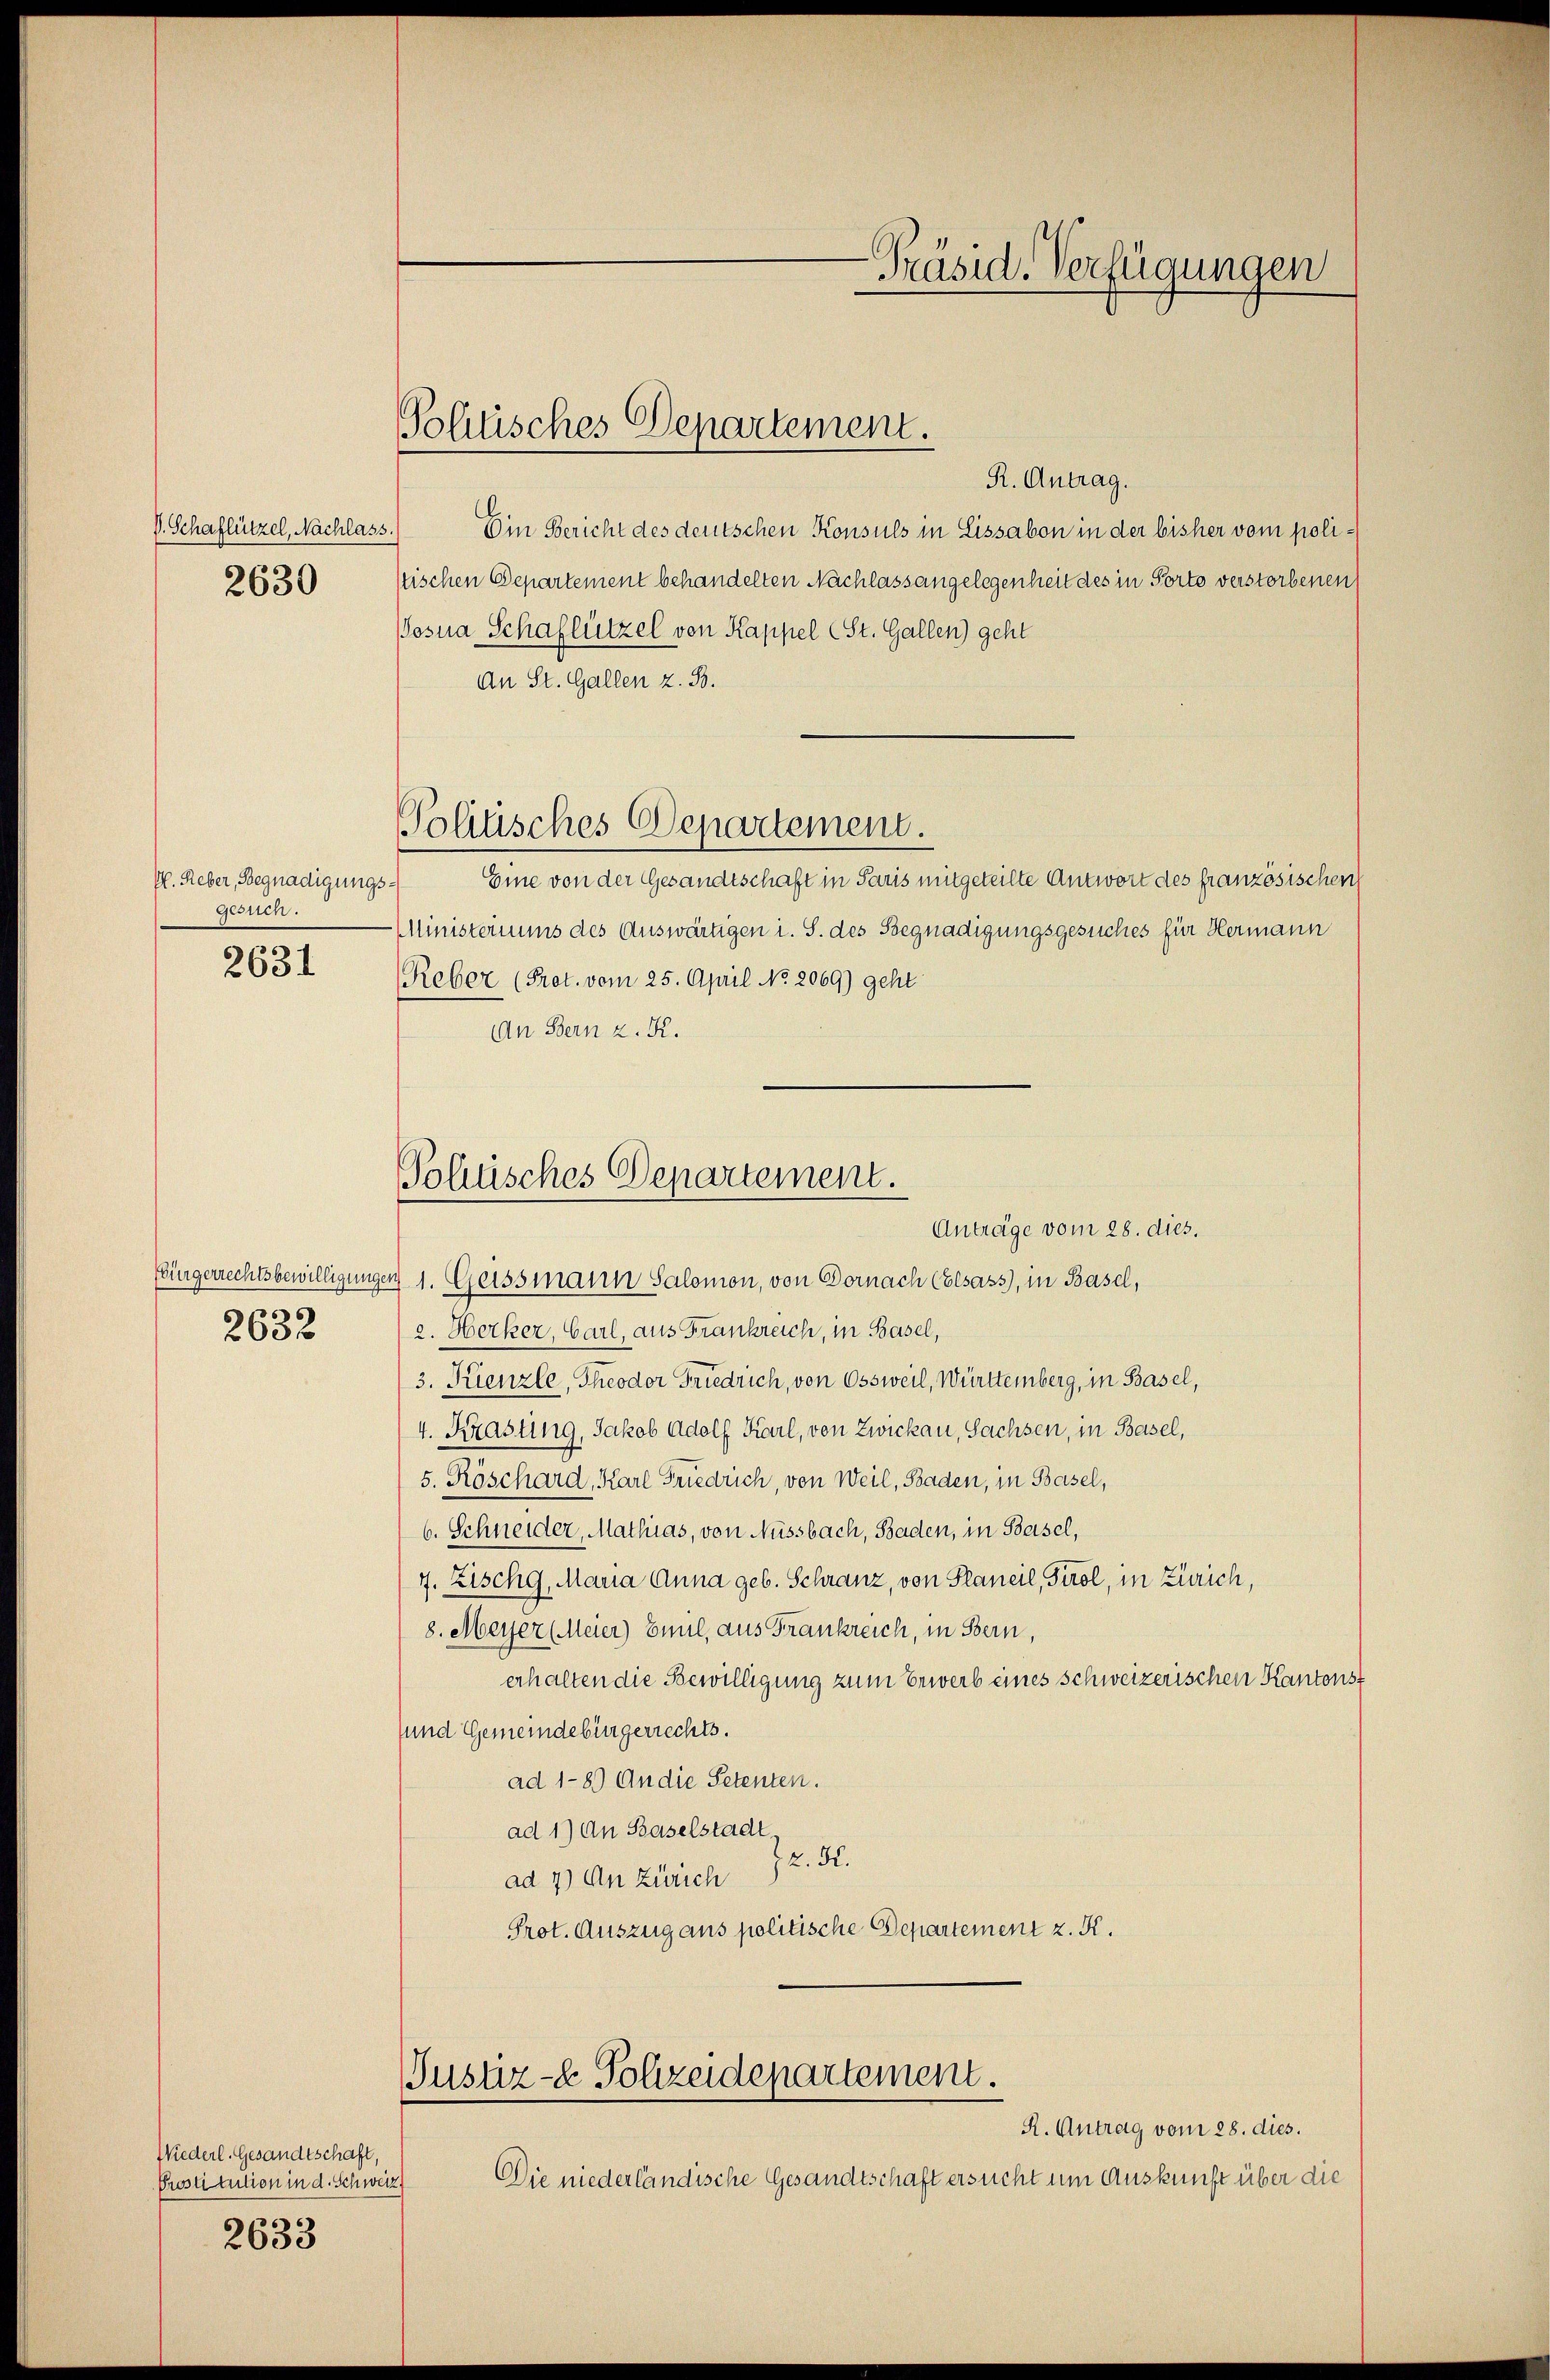
V. Schaflützel, Nachlass
2630

V. Reber, Begnadigungs¬
Gesch.

2631

2632

Wiederl. Gesandtschaft,
Prostitution in d. Schweiz
2633

Politisches Departement.

R. Antrag.
Ein Bericht des deutschen Konsuls in Lissabon in der bisher vom polistischen Departement behandelten Nachlass angelegenheit des in Porto verstorbenen
osna Schaflützel von Kappel (St. Gallen) geht
An St. Gallen z. B.
Politisches Departement.
Eine von der Gesandtschaft in Paris mitgeteilte Antwort des französischen
MMinisteriums des Auswärtigen i. S. des Begnadigungsgesuches für Hermann
Reber (Prot. vom 25. April No 2069) geht
An Bern z. R.

Sohüsches Departement.
Antrage vom 28. dies.

Ebürgerrechtsbewilligungen 1. Geissmann Salomon, von Dornach Elsass, in Basel,
a. Herker, Carl, aus Frankreich, in Basel,
3. Kienzle, Theodor Friedrich, von Ossweil, Württemberg, in Basel,
4. Krasung, Jakob Adolf Karl, von Zwickau, Sachsen, in Basel,
5. Rgschard, Karl Friedrich, von Weil, Baden, in Basel,
6. Schneider, Mathias, von Aussbach, Baden, in Basel,
f. Zischg, Maria Anna geb. Schranz, von Planeil, Tirol, in Zürich,
8. Meyer Meier Emil, aus Frankreich, in Bern
erhalten die Bewilligung zum Erwerb eines schweizerischen Kantons-
und Gemeindebürgerrechts.
ad 1-89) An die Petenten.
ad 1) An Baselstadt.
2.5.
ad 7) An Zürich
Prot. Auszug aus politische Departement z. K.

Justiz- & Polizeidepartement.

R. Antrag vom 28. dies.
Die niederländische Gesandtschaft ersucht um Auskunft über die

Präsid. Verfügungen